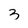
Character: 3